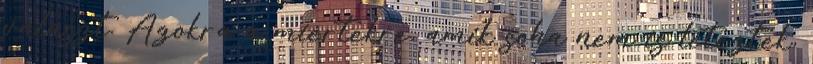
választ. Azokra a miértekre, amik soha nem is léteztek,